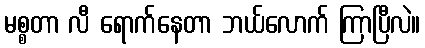
မစ္စတာ လီ ရောက်နေတာ ဘယ်လောက် ကြာပြီလဲ။